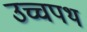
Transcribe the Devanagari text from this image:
उच्चपथ